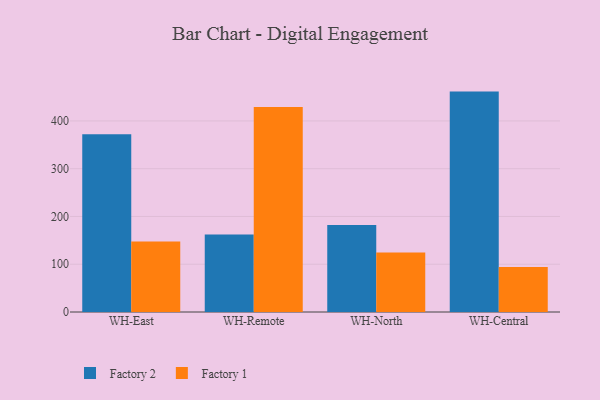
{"axis": {"x": "Warehouse", "y": "Customer Acquisition Cost (USD)"}, "legend": ["Factory 1", "Factory 2"], "data": [{"x": "WH-East", "y": 372.1, "type": "Factory 2"}, {"x": "WH-East", "y": 147.6, "type": "Factory 1"}, {"x": "WH-Remote", "y": 162.0, "type": "Factory 2"}, {"x": "WH-Remote", "y": 428.9, "type": "Factory 1"}, {"x": "WH-North", "y": 182.3, "type": "Factory 2"}, {"x": "WH-North", "y": 124.6, "type": "Factory 1"}, {"x": "WH-Central", "y": 461.4, "type": "Factory 2"}, {"x": "WH-Central", "y": 94.2, "type": "Factory 1"}]}